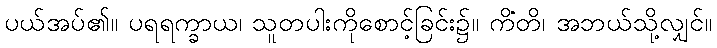
ပယ်အပ်၏။ ပရရက္ခာယ၊ သူတပါးကိုစောင့်ခြင်း၌။ ကိံတိ၊ အဘယ်သို့လျှင်။